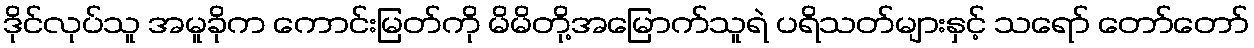
ဒိုင်လုပ်သူ အမူခိုက ကောင်းမြတ်ကို မိမိတို့အမြောက်သူရဲ ပရိသတ်များနှင့် သရော် တော်တော်